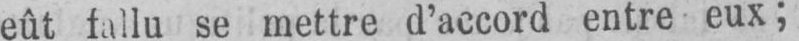
eût fallu se mettre d’accord entre eux;